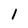
Character: 1